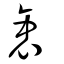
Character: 衷